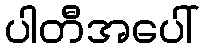
ပါတီအပေါ်